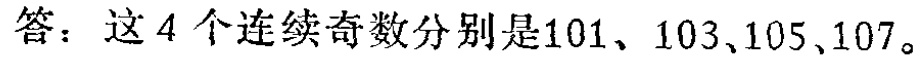
答：这4个连续奇数分别是101、103、105、107。